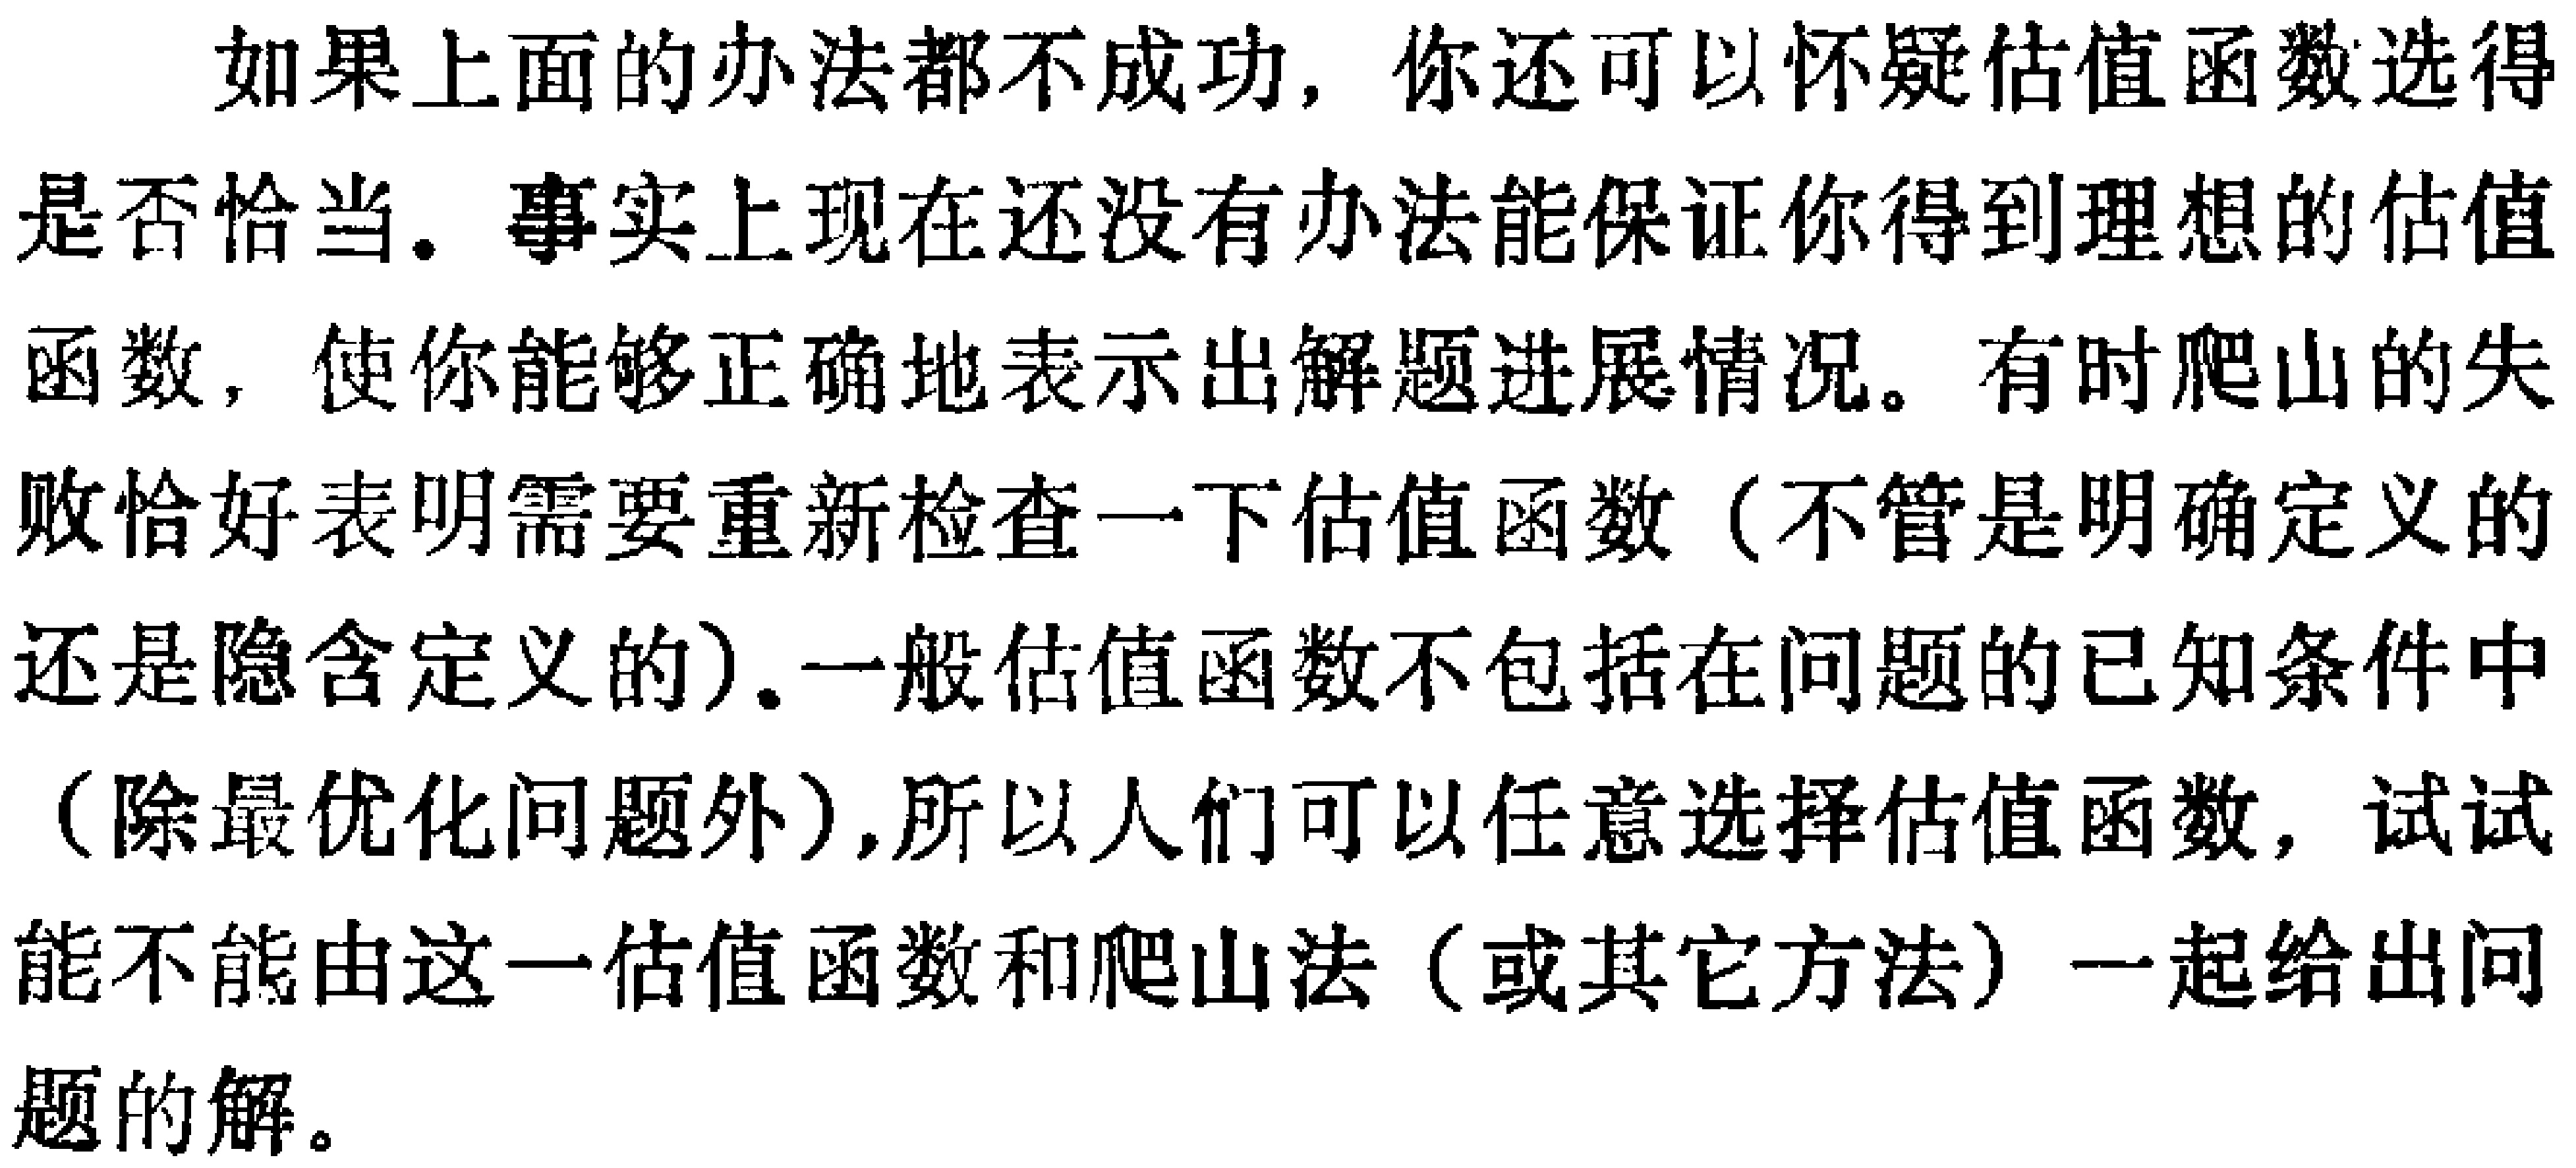
如果上面的办法都不成功，你还可以怀疑估值函数选得是否恰当。事实上现在还没有办法能保证你得到理想的估值函数，使你能够正确地表示出解题进展情况。有时爬山的失败恰好表明需要重新检查一下估值函数（不管是明确定义的还是隐含定义的）.一般估值函数不包括在问题的已知条件中（除最优化问题外）,所以人们可以任意选择估值函数，试试能不能由这一估值函数和爬山法（或其它方法）一起给出问题的解。